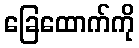
ခြေထောက်ကို